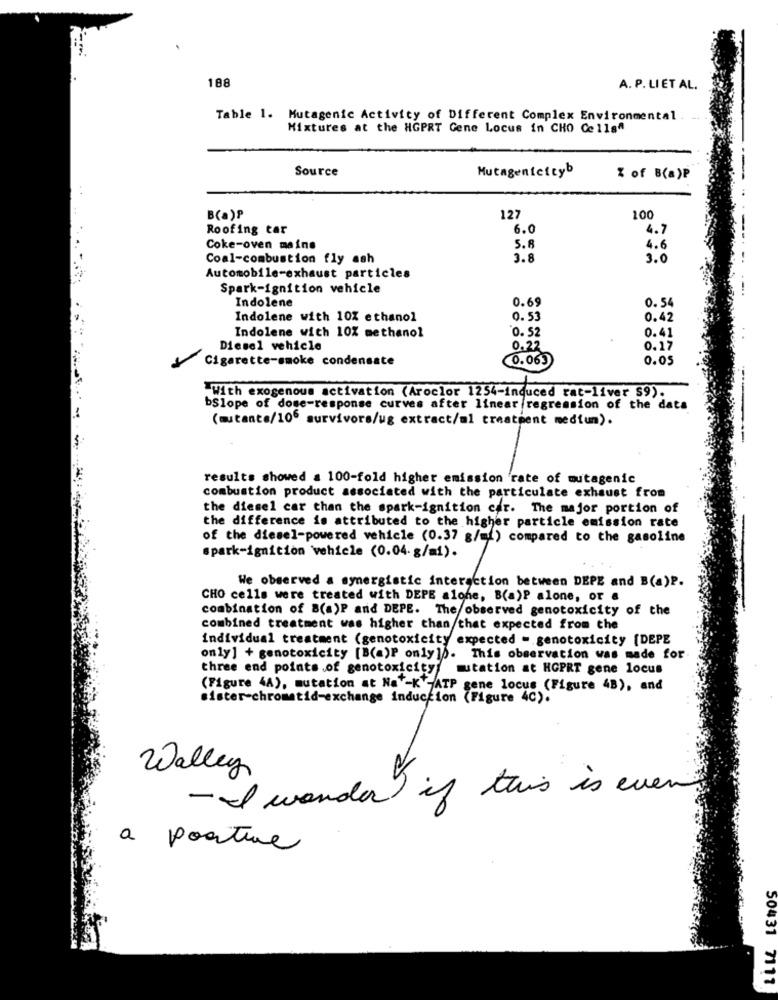
188
A. P. LI ET AL.
Table 1. Mutagenic Activity of Different Complex Environmental
Mixtures at the HGPRT Gene Locus in CHO Cellsª
Source
Mutagentettyb
% of B(a)P
B(a)₽
127
200
Roofing tar
6.0
4.7
Coke-oven maine
5.8
4.6
Coal-combustion fly ash
3.8
3.0
Automobile-exhaust particles
Spark-ignition vehicle
Indolene
0.69
0. 54
Indolene with 10% ethanol
0.53
0.42
Indolene with 10% methanol
"0. 52
0.41
Diesel vehicle
0.22
0.17
Cigarette-smoke condensate
0.063
0.05
.With exogenous activation (Aroclor 1254-induced rat-liver $9).
bSlope of dose-response curves after linear regression of the data
(mutante/106 survivors/ug extract/al treatment medium).
results showed a 100-fold higher emission rate of mutagenic
combustion product associated with the particulate exhaust from
the diesel car than the spark-ignition car. The major portion of
the difference is attributed to the higher particle emission rate
of the diesel-powered vehicle (0.37 g/mi) compared to the gasoline
spark-ignition vehicle (0.04. g/mi).
We observed a synergistic interaction between DEPE and B(a)P.
CHO cells were treated with DEPE alone, B(a)P alone, or a
combination of B(a)P and DEPE. The observed genotoxicity of the
combined treatment was higher than that expected from the
individual treatment (genotoxicity expected - genotoxicity [DEPE
only] + genotoxicity [B(a)P only]0. This observation was made for
three end points .of genotoxicity
mutation at HOPRT gene locus
(Figure 4A), mutation at NaY-K'-ATP gene locus (Figure 4B), and
sister-chromatid-exchange induction (Figure 4c).
Walley
- I wonder if this is even
a posture
50431 7111.